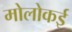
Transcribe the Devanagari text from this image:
मोलोकई